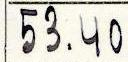
53.40